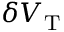
\delta V _ { \mathrm { T } }